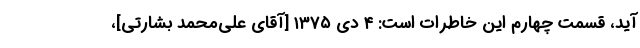
آید، قسمت چهارم این خاطرات است: ۴ دی ۱۳۷۵ [آقای علی‌محمد بشارتی]،